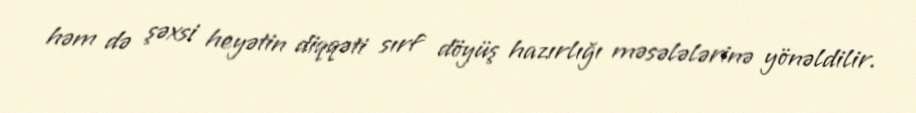
həm də şəxsi heyətin diqqəti sırf döyüş hazırlığı məsələlərinə yönəldilir.